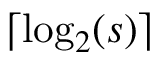
\lceil \log _ { 2 } ( s ) \rceil